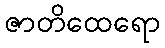
ဇာတိထေရော